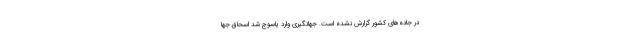
در جاده‌های کشور گزارش نشده است. جهانگیری وارد یاسوج شد اسحاق جها